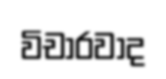
විචාරවාද